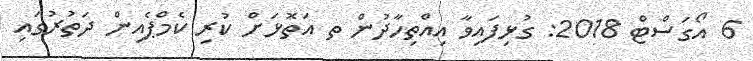
6 އޯގަސްޓް 2018: ގުޅިފައިވާ އިއްތިހާދުން ތ އަތޮޅަށް ކުރި ކެމްޕެއިން ދަތުރުގައި